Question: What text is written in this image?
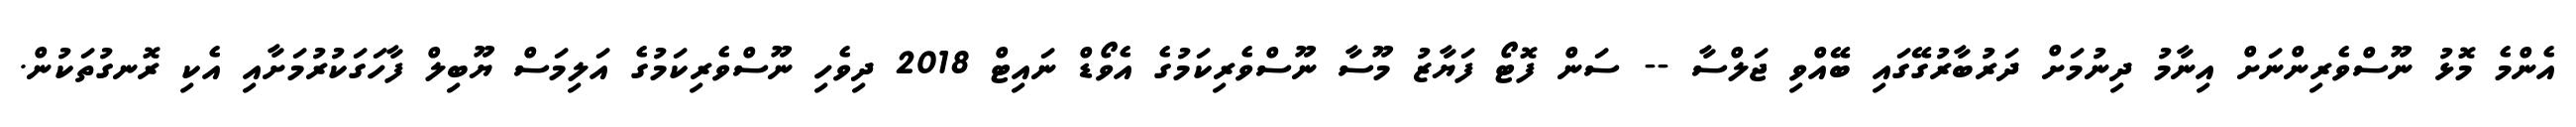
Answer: އެންމެ މޮޅު ނޫސްވެރިންނަށް އިނާމު ދިނުމަށް ދަރުބާރުގޭގައި ބޭއްވި ޖަލްސާ -- ސަން ފޮޓޯ ފަޔާޒު މޫސާ ނޫސްވެރިކަމުގެ އެވޯޑް ނައިޓް 2018 ދިވެހި ނޫސްވެރިކަމުގެ އަލިމަސް ޔޫބިލް ފާހަގަކުރުމަށާއި އެކި ރޮނގުތަކުން.